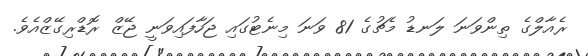
ރެއާލްގެ ތިންވަނަ ލަނޑު މެޗުގެ 81 ވަނަ މިނެޓުގައި ޖަހާފައިވަނީ ޖޭޒް ރޮޑްރިގޭޒްއެވެ.